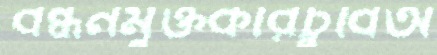
বন্ধনমুক্তকারচুবিঅ